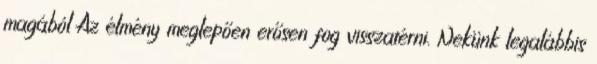
magából Az élmény meglepően erősen fog visszatérni. Nekünk legalábbis